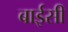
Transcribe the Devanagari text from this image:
बाईसी